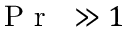
\mathrm { ~ \textit ~ { ~ P ~ r ~ } ~ } \gg 1